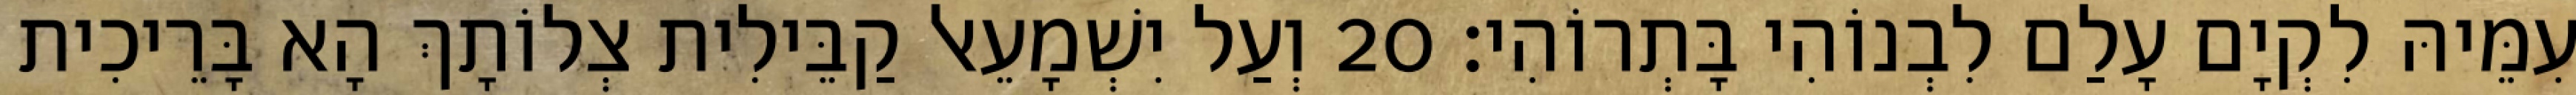
עִמֵּיהּ לִקְיָם עָלַם לִבְנוֹהִי בָּתְרוֹהִי׃ 20 וְעַל יִשְׁמָעֵאל קַבֵּילִית צְלוֹתָךְ הָא בָּרֵיכִית